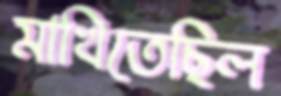
মাখিতেছিল